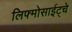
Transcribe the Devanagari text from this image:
लिफ्मोसाईट्चे